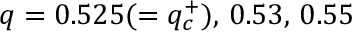
q = 0 . 5 2 5 ( = q _ { c } ^ { + } ) , \, 0 . 5 3 , \, 0 . 5 5